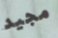
مجيد